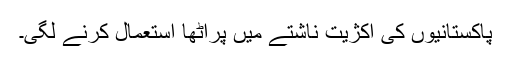
پاکستانیوں کی اکژیت ناشتے میں پراٹھا استعمال کرنے لگی۔